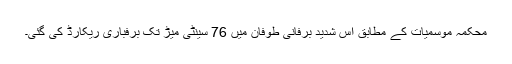
محکمہ موسمیات کے مطابق اس شدید برفانی طوفان میں 76 سینٹی میڑ تک برفباری ریکارڈ کی گئی۔